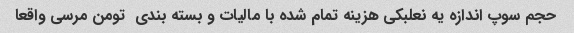
حجم سوپ اندازه یه نعلبکی هزینه تمام شده با مالیات و بسته بندی  تومن مرسی واقعا